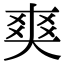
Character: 𤕤